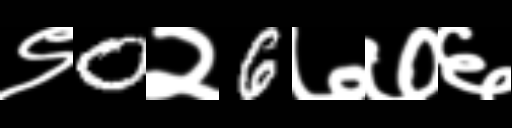
Text: ९0२6७७६